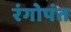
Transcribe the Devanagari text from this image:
रंगोपंत